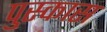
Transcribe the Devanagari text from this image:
पुस्कास